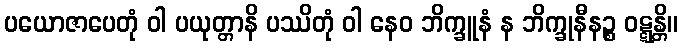
ပယောဇာပေတုံ ဝါ ပယုတ္တာနိ ပဿိတုံ ဝါ နေဝ ဘိက္ခူနံ န ဘိက္ခုနီနဉ္စ ဝဋ္ဋန္တိ။